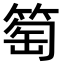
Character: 𥮽